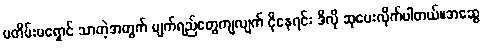
မတိမ်းမရှောင် သာတဲ့အတွက် မျက်ရည်တွေကျလျက် ငိုနေရင်း ဒီလို ဆုပေးလိုက်ပါတယ်။အဆွေ